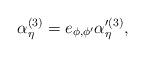
LaTeX: \begin{align*}\alpha^{(3)}_{\eta} = e_{\phi,\phi'} \alpha'^{(3)}_{\eta} ,\end{align*}